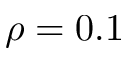
\rho = 0 . 1